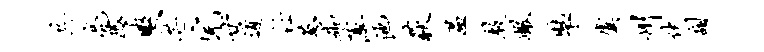
共亮恐爽芒完廿道任葱砌薄池荻温敦瞰裴虞州伏甜